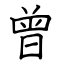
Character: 曾